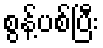
စွန့်ပစ်ပြီး